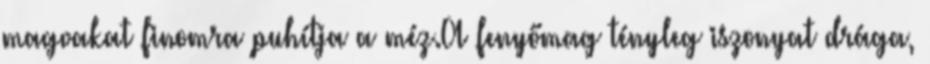
magvakat finomra puhítja a méz.A fenyőmag tényleg iszonyat drága,